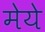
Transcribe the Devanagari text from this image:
मेये